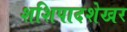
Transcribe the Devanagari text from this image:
शशिपादशेखर